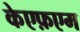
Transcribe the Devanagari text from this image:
केएफ़एम